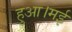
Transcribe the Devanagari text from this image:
हुआ।मई